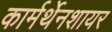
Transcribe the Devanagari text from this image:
कार्मर्थेनशायर